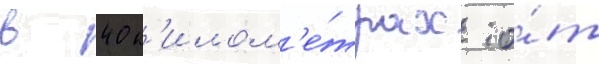
в 40 к'илом'е́трах о́т